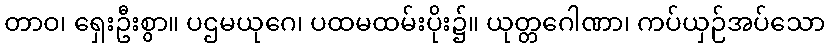
တာဝ၊ ရှေးဦးစွာ။ ပဌမယုဂေ၊ ပထမထမ်းပိုး၌။ ယုတ္တဂေါဏာ၊ ကပ်ယှဉ်အပ်သော